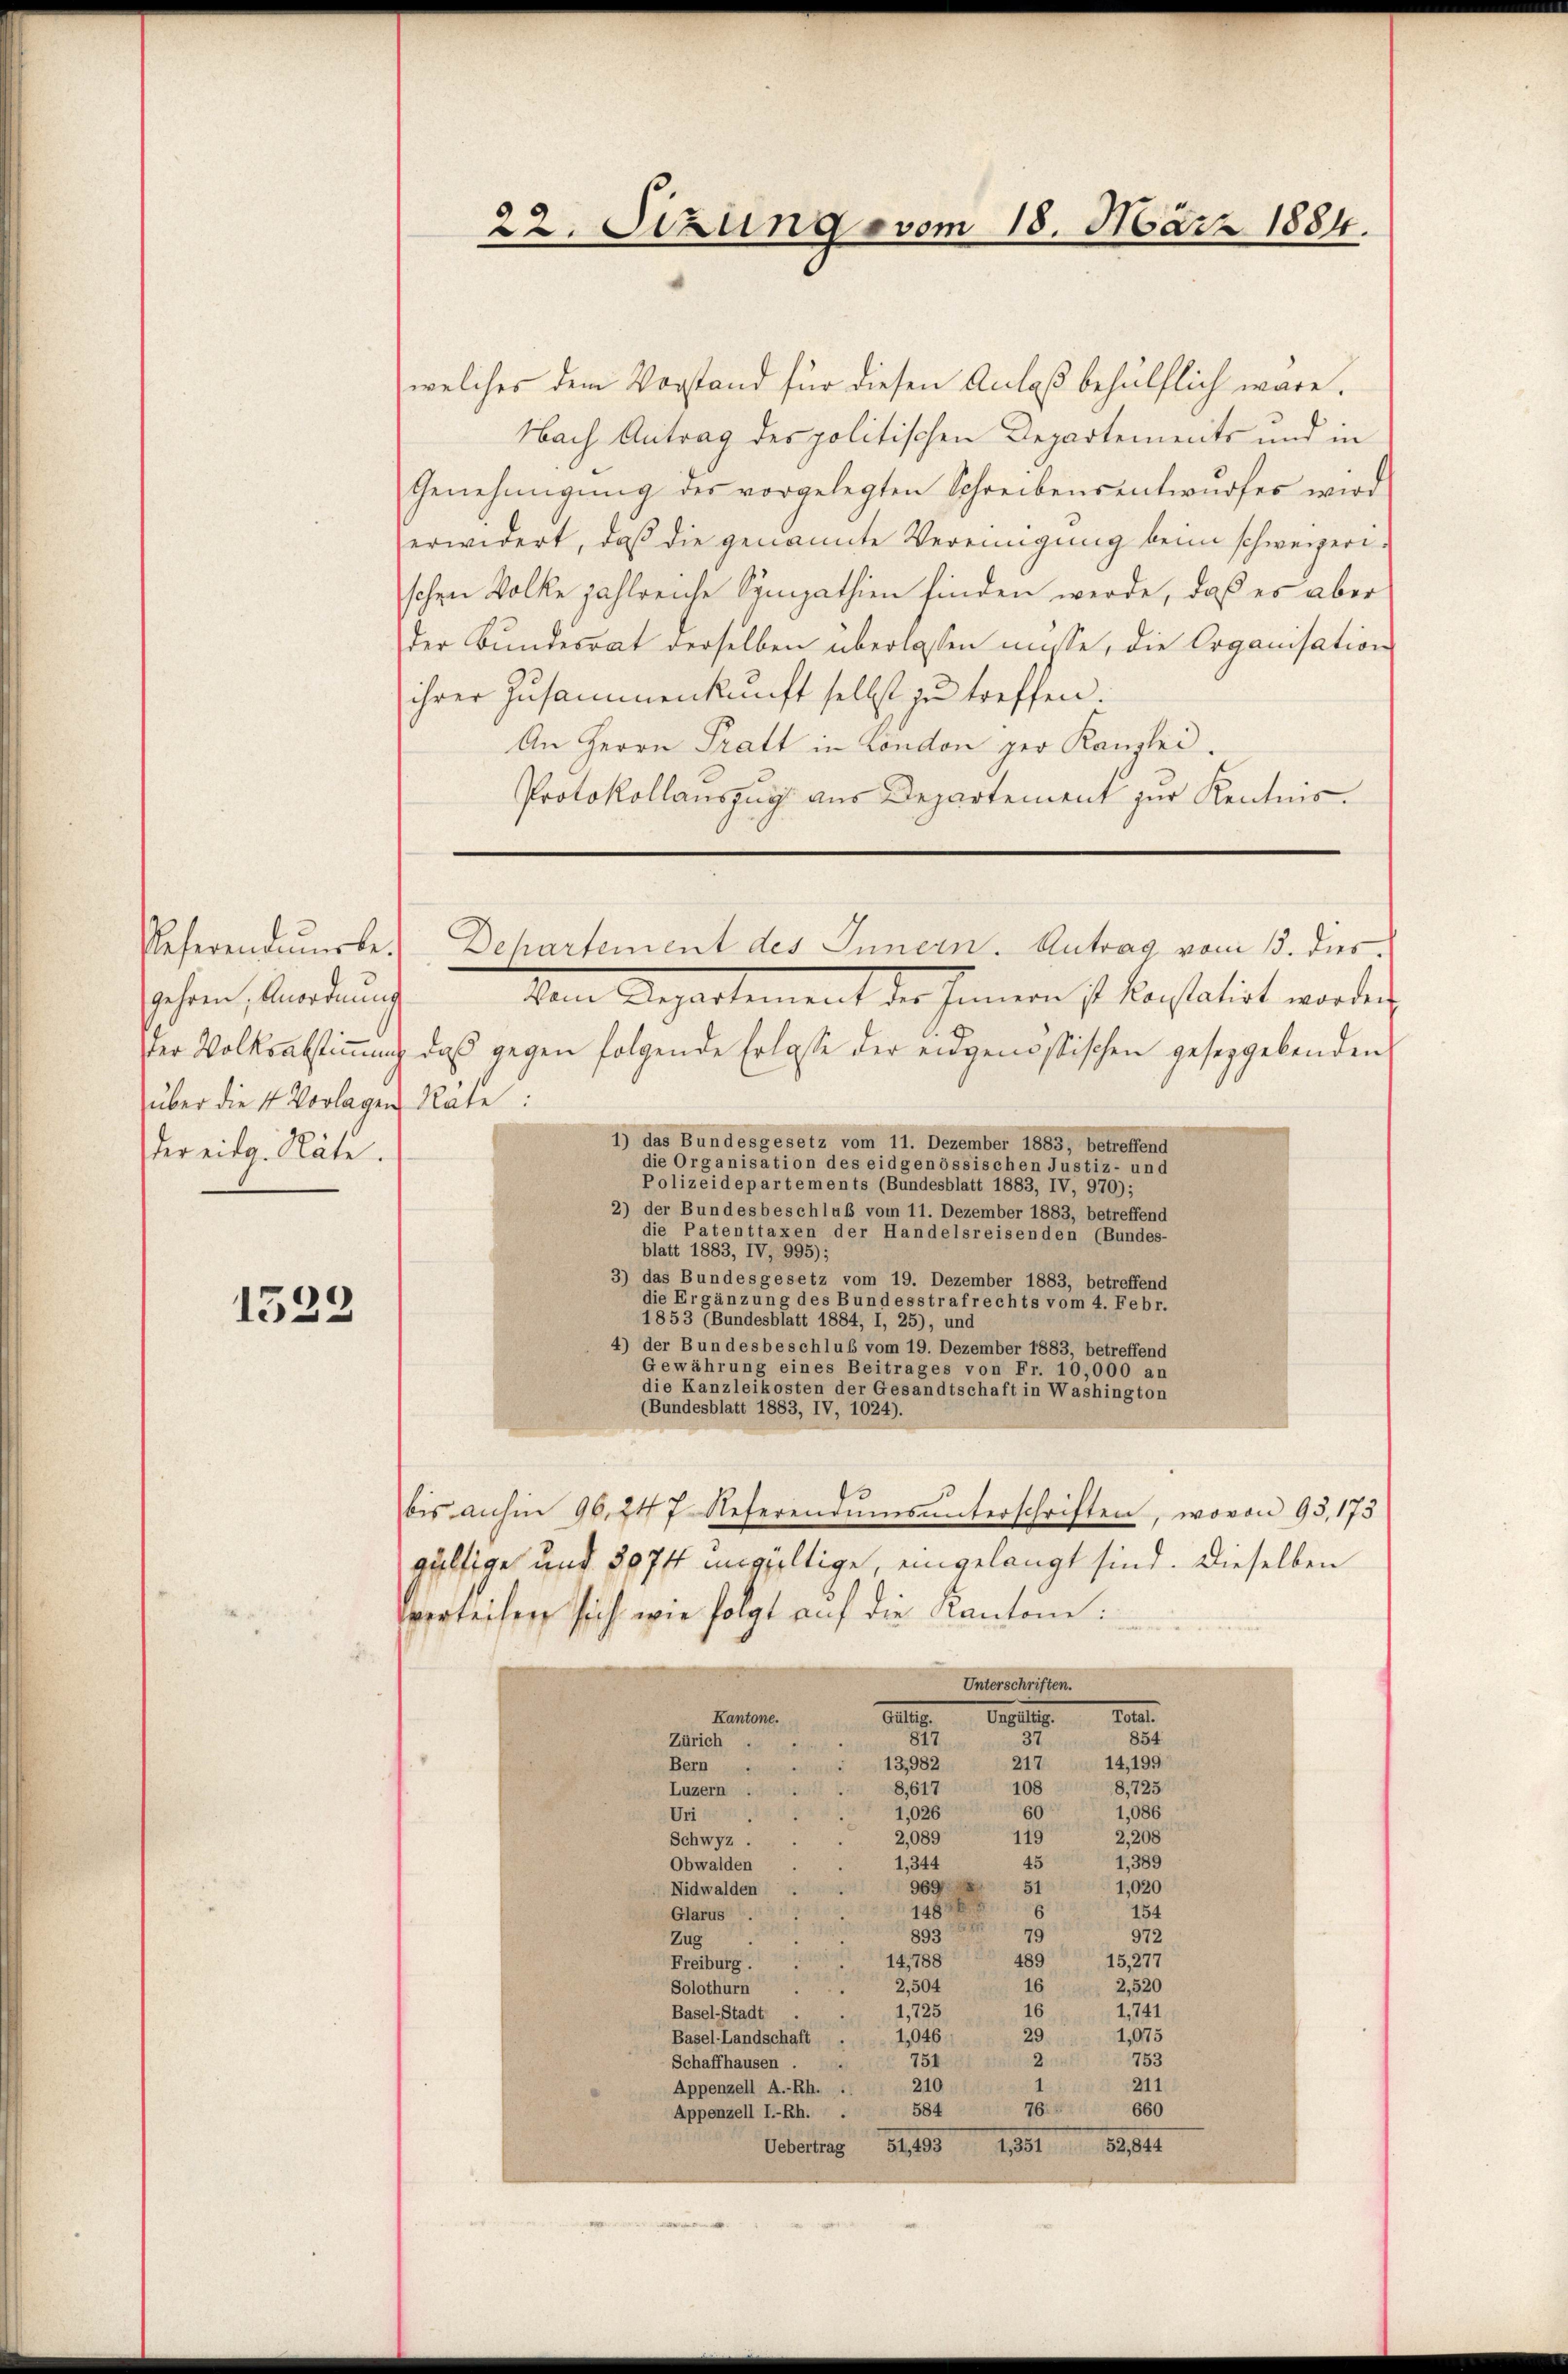
Referenderte.
gehren. Anordnung
ster Volksabstimmung
über die 4 Vorlagen Rate:
wer eidg. Räte.

1523

welches dem Vorstand für diesen Anlaß behülflich wäre,
Nach Antrag des politischen Departements und in
Genehmigŭng des vorgelegten Schreibensentwŭrfes wird
erwidert, daß die genannte Vereinigung beim schweizerischen Volke zahlreiche Sympathien finden werde, daß es aber
der Bunderrat derselben überlassen müsse, die Organisation
ihrer Zusammenkunft selbst zu treffen.
An Herrn Tratt in London per Kanzlei.
Protokollauszug aus Departement zur Kentnis.

22. Sizung vom 18. März 1884.

Departement des Innern. Antrag vom 13. dies

Vom Departement des Innern ist konstatirt worden
das gegen folgende Erlasse der eidgenössischen geseggebenden
1) das Bundesgesetz vom 11. Dezember 1883, betreffend
die Organisation des eidgenössischen Justiz- und
Polizeidepartements (Bundesblatt 1883, IV, 970);
2) der Bundesbeschluß vom 11. Dezember 1883, betreffend
die Patenttaxen der Handelsreisenden (Bundes-
blatt 1883, IV, 995);
3) das Bundesgesetz vom 19. Dezember 1883, betreffend
die Ergänzung des Bundesstrafrechts vom 4. Febr.
1853 (Bundesblatt 1884, I, 25), und
4) der Bundesbeschluß vom 19. Dezember 1883, betreffend
Gewährung eines Beitrages von Fr. 10,000 an
die Kanzleikosten der Gesandtschaft in Washington
(Bundesblatt 1883, IV, 1024).
bis anhin 96. 247. Referenaues unterschriften, wovon 95,173
wältige und 307ff ungültige, eingelangt sind. Dieselben
vverteilen sich wie folgt auf die Kantone:
Unterschriften.
Ungültig. Total.
.
Kantone.
817
854
37
Zürich
217
13,982
14,199
Bern
108
8,617
8,725
Luzern
1,086
60
1,026
Uri
2,208
2,089
119
Schwyz .
45
1,389
Obwalden
1,344
51
969
1,020
Nidwalden
6
1488
154
Glarus.
s
79
893
972
Zug
489
14,788
15, 277
Freiburg.
16
2,504
2,520
Solothurn
16
1. 741
1,725
Basel-Stadt
1,075
1,046
29
Basel-Landschaft
751
753
2
Schaffhausen
211
210
Appenzell A.-Rh.
76.
584
660
Appenzell I.-Rh.
Obertrag 181183. 1381. 89841